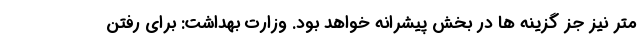
متر نیز جز گزینه ها در بخش پیشرانه خواهد بود. وزارت بهداشت: برای رفتن